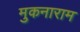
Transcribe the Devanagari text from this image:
मुकनाराम